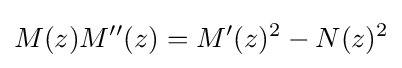
M(z)M''(z)=M'(z)^{2}-N(z)^{2}